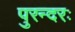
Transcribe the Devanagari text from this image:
पुरन्दरः